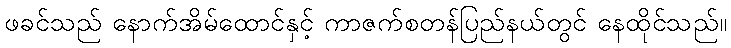
ဖခင်သည် နောက်အိမ်ထောင်နှင့် ကာဇက်စတန်ပြည်နယ်တွင် နေထိုင်သည်။